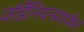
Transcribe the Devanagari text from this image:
जॉर्डेनियनमार्फत